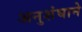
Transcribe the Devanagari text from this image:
अनुशंघाने